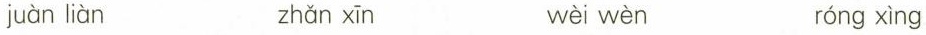
juàn liàn zhǎn xīn wèi wèn róng xìng